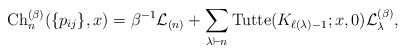
\begin{gather*} {\rm Ch}_n^{(\beta)}(\{p_{ij}\},x) = \beta^{-1} {\cal{L}}_{(n)} + \sum_{\lambda \vdash n} {\rm Tutte}(K_{\ell(\lambda)-1};x,0) {\cal{L}}_{\lambda}^{(\beta)}, \end{gather*}